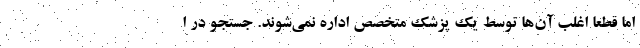
اما قطعا اغلب آن‌ها توسط یک پزشک متخصص اداره نمی‌شوند. جستجو در ا